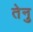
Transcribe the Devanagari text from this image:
तेनु